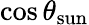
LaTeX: \cos\theta_{\mathrm{sun}}